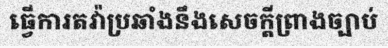
ធ្វើការតវ៉ាប្រឆាំងនឹងសេចក្តីព្រាងច្បាប់